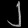
Digit: ၂